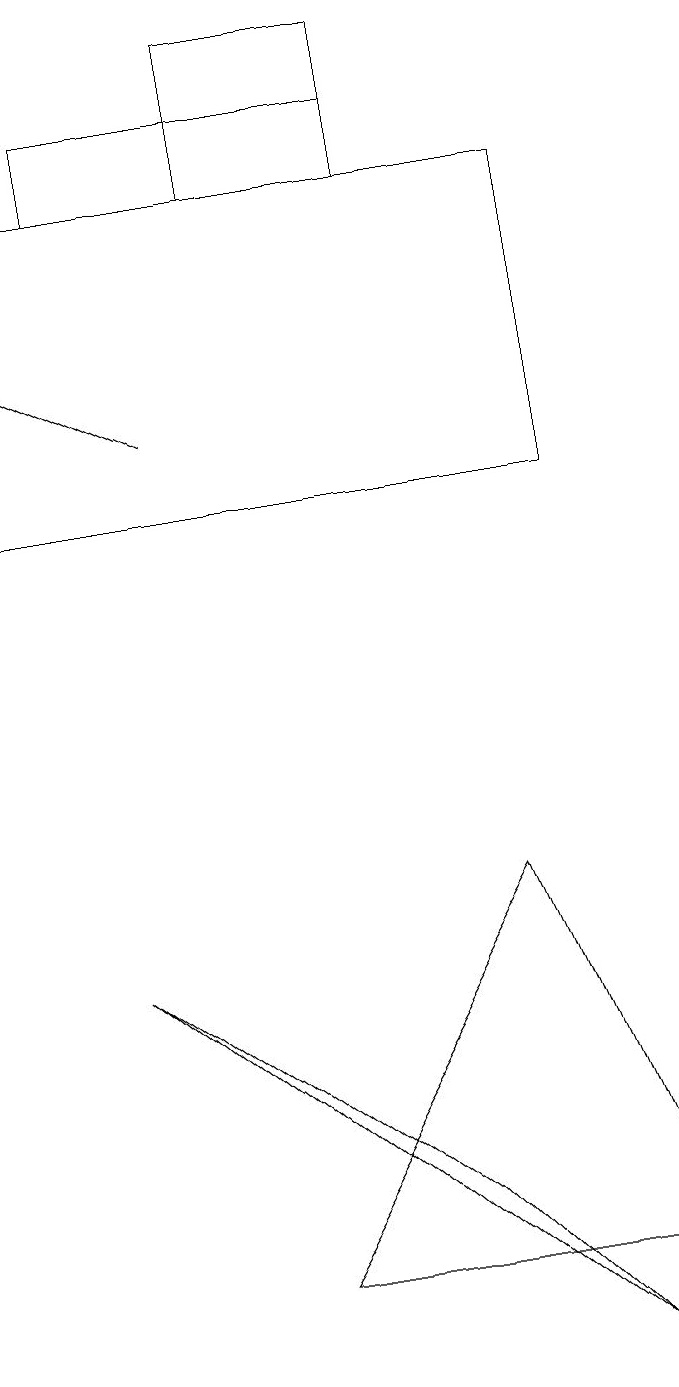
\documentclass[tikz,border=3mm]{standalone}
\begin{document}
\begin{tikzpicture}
\draw (0,15) rectangle (7,11);
\draw[->] (2,12) -- (0,13);
\draw (3,1) -- (6,6) -- (8,1) -- cycle;
\draw (7,0) -- (5,2) -- (1,5) -- cycle;
\draw (1,15) rectangle (5,16);
\draw (5,15) rectangle (3,17);
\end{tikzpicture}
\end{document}